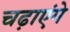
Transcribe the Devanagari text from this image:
चढ़ाएंगे